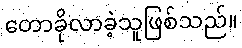
တောခိုလာခဲ့သူဖြစ်သည်။